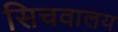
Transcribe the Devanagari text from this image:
सिचवालय